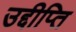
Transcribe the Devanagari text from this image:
उद्दीप्ति